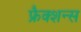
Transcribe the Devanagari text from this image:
फ्रैक्शन्स